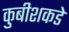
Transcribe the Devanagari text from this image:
कुबीशकडे